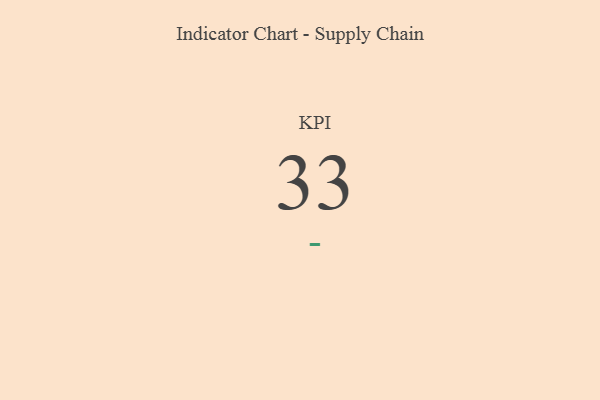
{"axis": {"x": "KPI", "y": "Value"}, "legend": [""], "data": [{"x": "KPI", "y": 33, "type": ""}]}